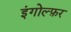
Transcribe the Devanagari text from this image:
इंगोल्फ़र